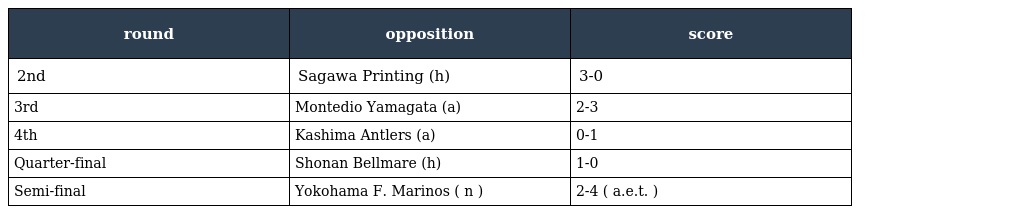
| round | opposition | score |
 | --- | --- | --- |
 | 2nd | Sagawa Printing (h) | 3-0 |
 | 3rd | Montedio Yamagata (a) | 2-3 |
 | 4th | Kashima Antlers (a) | 0-1 |
 | Quarter-final | Shonan Bellmare (h) | 1-0 |
 | Semi-final | Yokohama F. Marinos ( n ) | 2-4 ( a.e.t. ) |